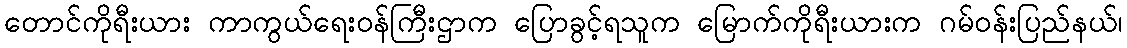
တောင်ကိုရီးယား ကာကွယ်ရေးဝန်ကြီးဌာက ပြောခွင့်ရသူက မြောက်ကိုရီးယားက ဂမ်ဝန်းပြည်နယ်၊